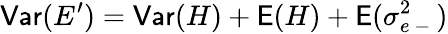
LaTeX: \mathsf{Var}(E^{\prime})=\mathsf{Var}(H)+\mathsf E(H)+\mathsf E(\sigma_{e\mathrm{~-~}}^{2})